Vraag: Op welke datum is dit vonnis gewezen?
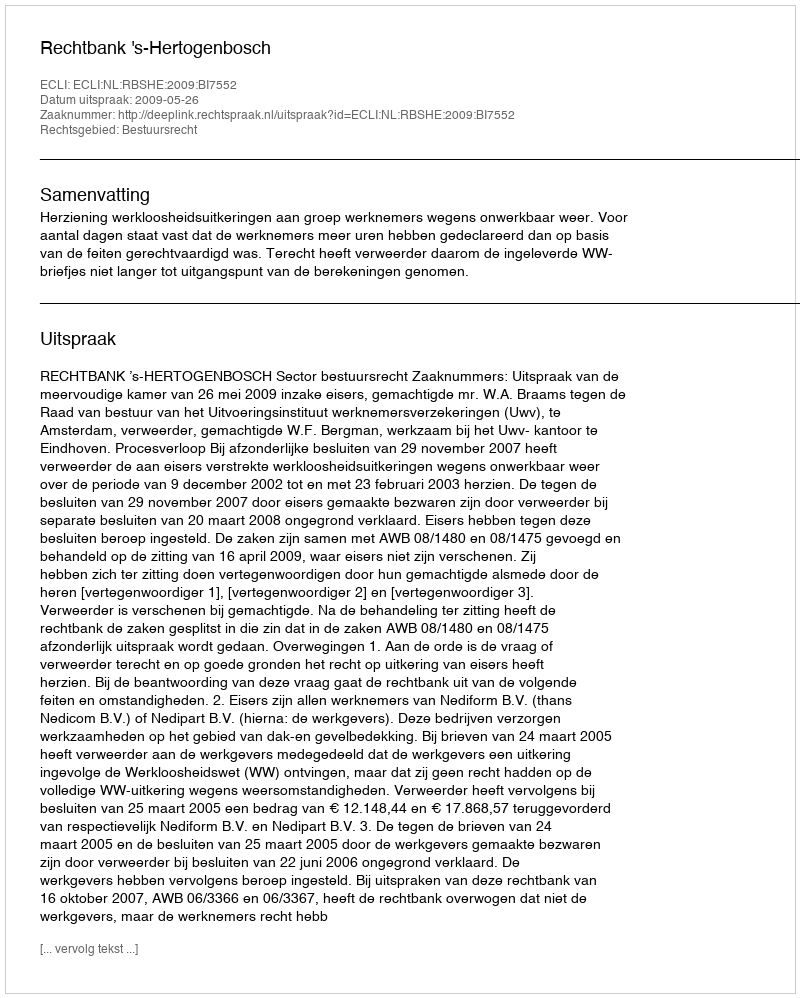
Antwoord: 2009-05-26